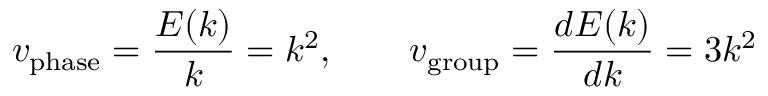
v _ { \mathrm { p h a s e } } = { \frac { E ( k ) } { k } } = k ^ { 2 } , \qquad v _ { \mathrm { g r o u p } } = { \frac { d E ( k ) } { d k } } = 3 k ^ { 2 }